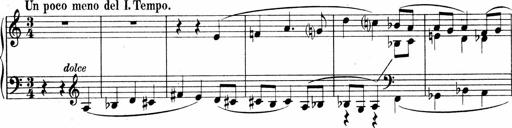
Title: Sonatina No.4
Composer: Abram Kimmell
Key: E minor